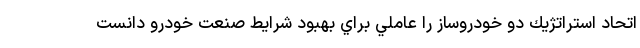
اتحاد استراتژيك دو خودروساز را عاملي براي بهبود شرايط صنعت خودرو دانست